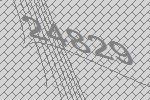
24829